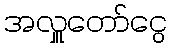
အလှူတော်ငွေ